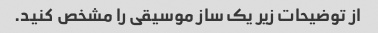
از توضیحات زیر یک ساز موسیقی را مشخص کنید.